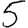
Digit: 5